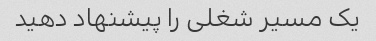
یک مسیر شغلی را پیشنهاد دهید